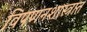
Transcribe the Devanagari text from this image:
विपणनशास्त्रात